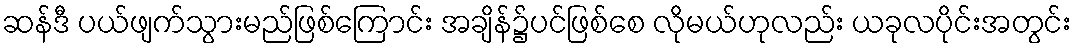
ဆန်ဒီ ပယ်ဖျက်သွားမည်ဖြစ်ကြောင်း အချိန်၌ပင်ဖြစ်စေ လိုမယ်ဟုလည်း ယခုလပိုင်းအတွင်း